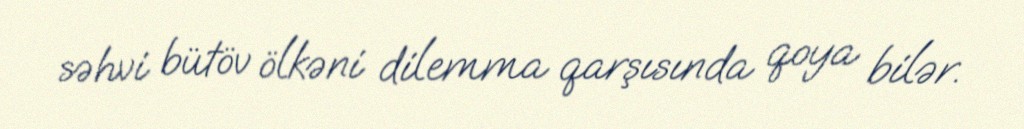
səhvi bütöv ölkəni dilemma qarşısında qoya bilər.